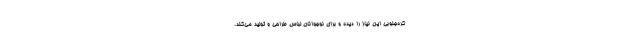
کره‌جنوبی این نیاز را دیده و برای نوجوانان لباس طراحی و تولید می‌کند.